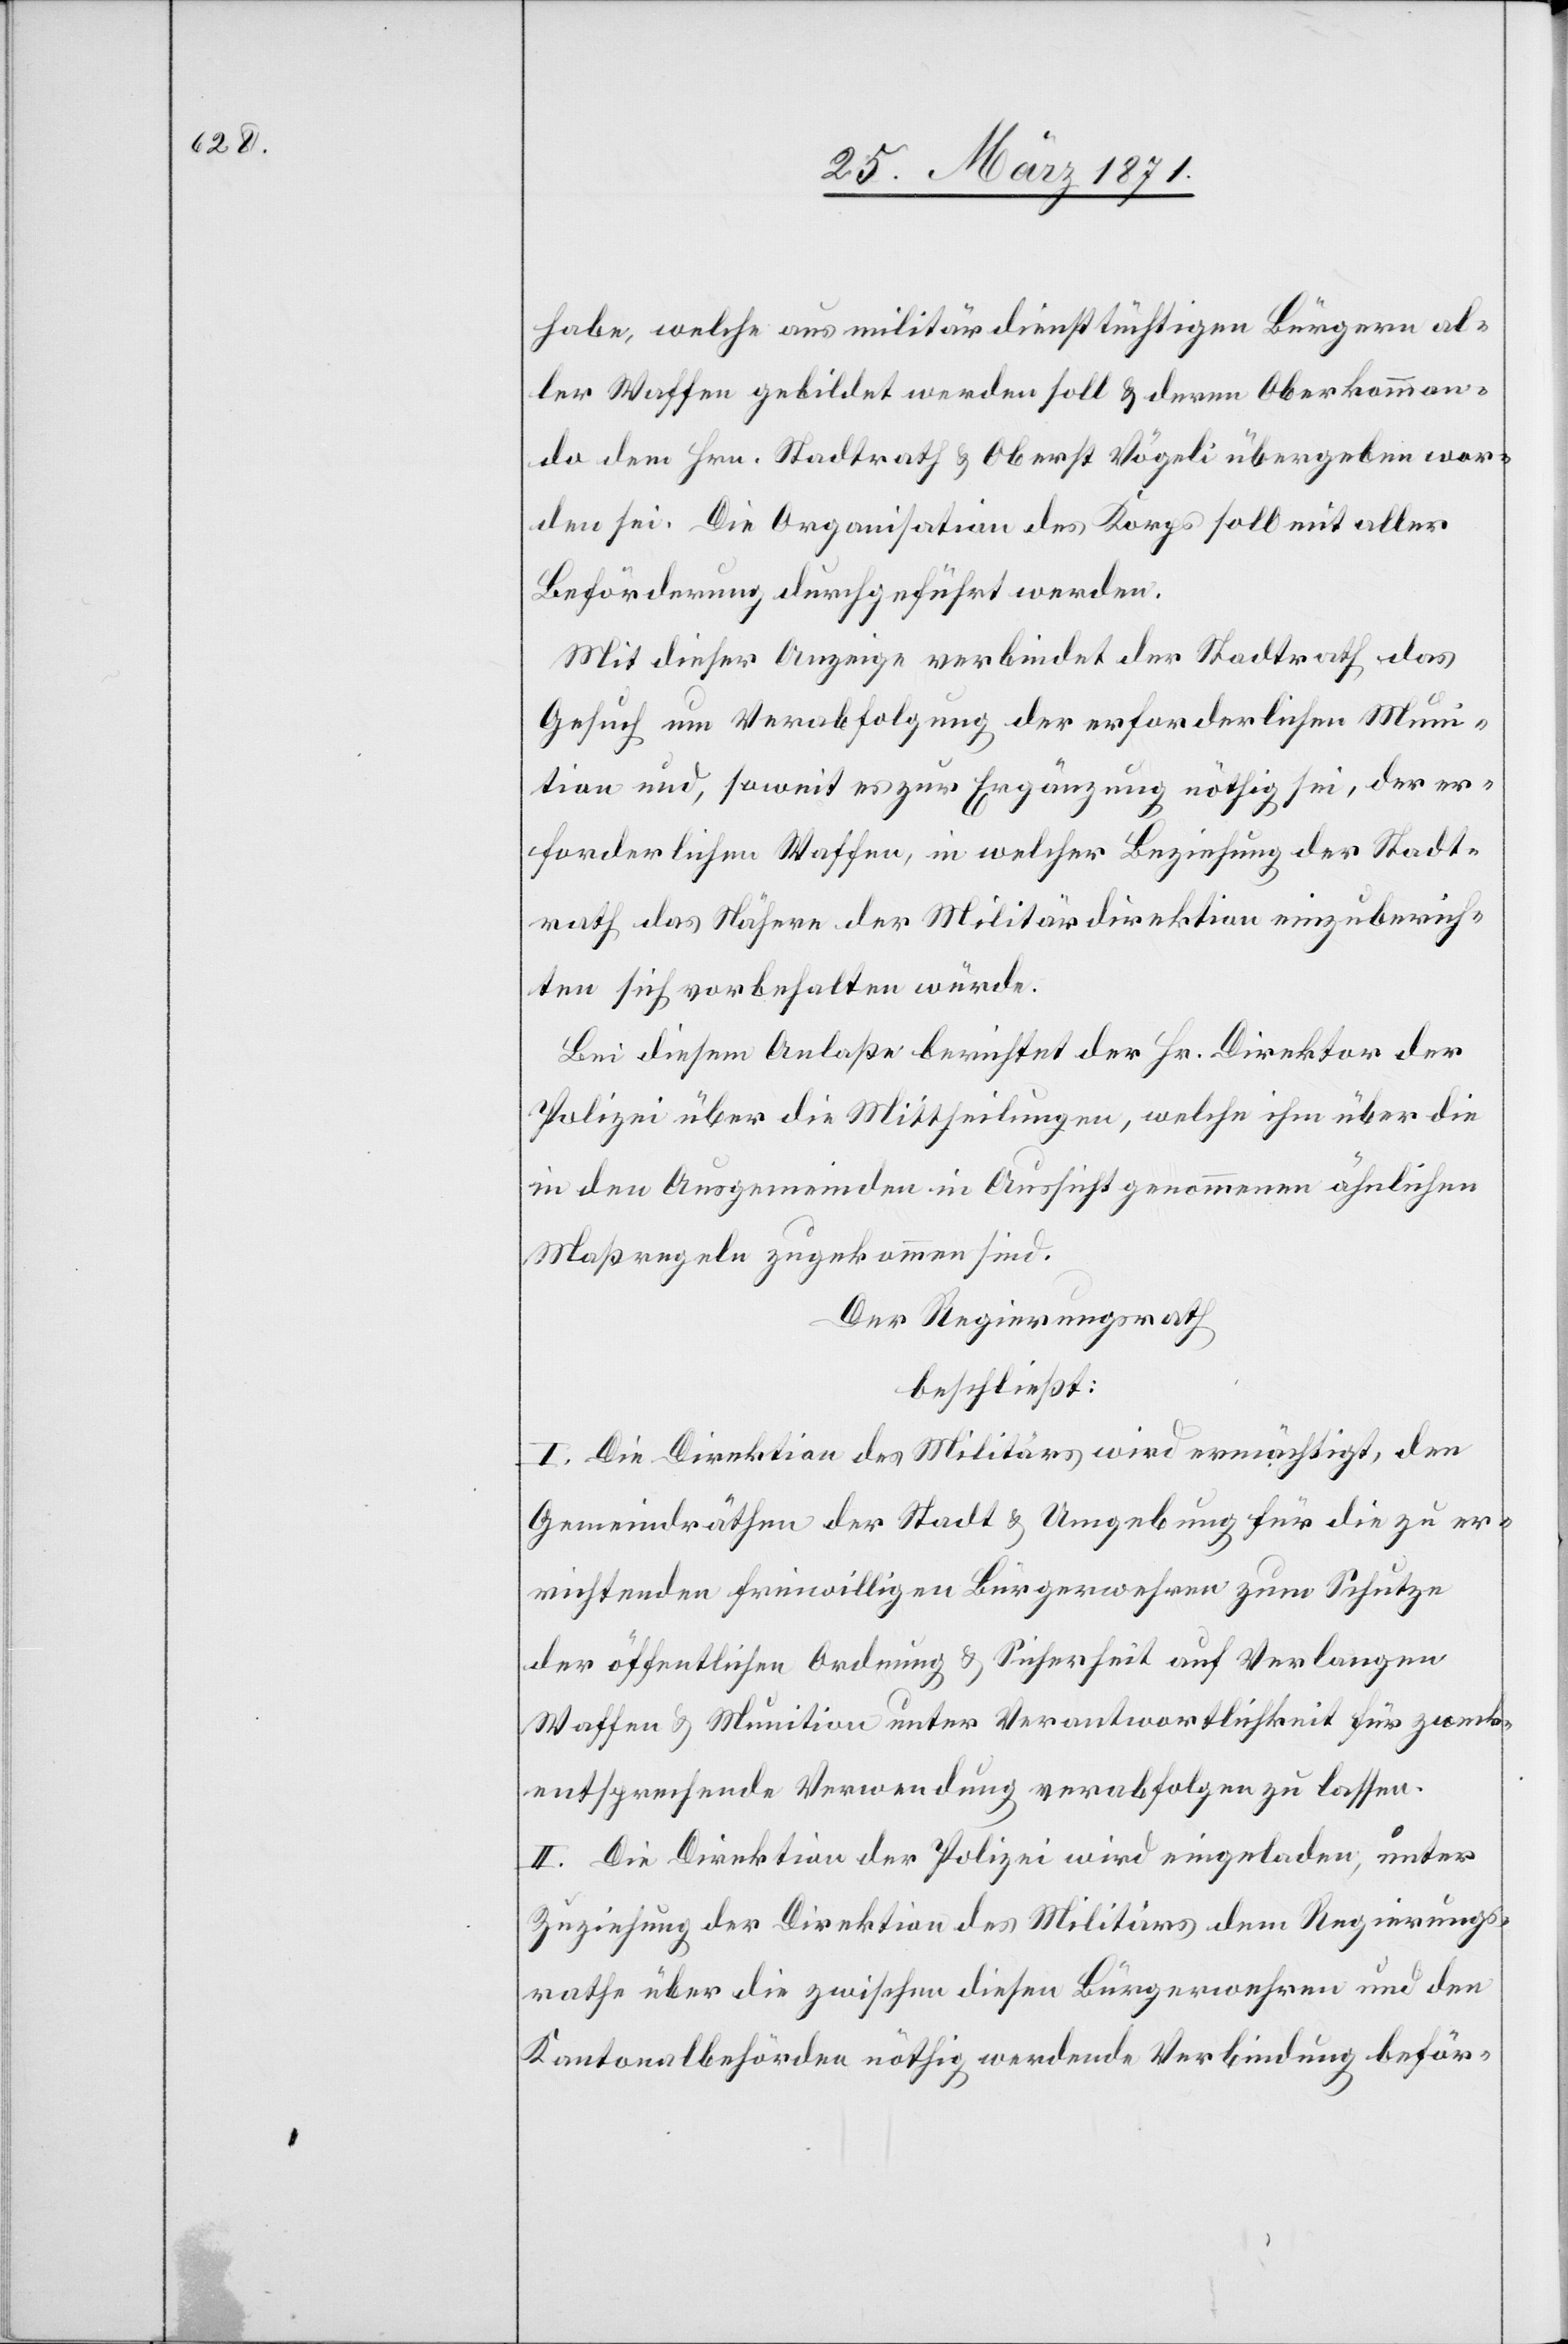
habe, welche aus militärdiensttüchtigen Bürgern al¬
ler Waffen gebildet werden soll u. deren Oberkomman¬
do dem Hrn. Stadtrath u. Oberst Vögeli übergeben wor¬
den sei. Die Organisation des Korps soll mit aller
Beförderung durchgeführt werden.
Mit dieser Anzeige verbindet der Stadtrath das
Gesuch um Verabfolgung der erforderlichen Muni¬
tion und, soweit es zur Ergänzung nöthig sei, der er¬
forderlichen Waffen, in welcher Beziehung der Stadt¬
rath das Nähere der Militärdirektion einzuberich¬
ten sich vorbehalten würde.
Bei diesem Anlaße berichtet der Hr. Direktor der
Polizei über die Mittheilungen, welche ihm über die
in den Ausgemeinden in Aussicht genommenen ähnlichen
Maßregeln zugekommen sind.
Der Regierungsrath
beschließt:
I. Die Direktion des Militärs wird ermächtigt, den
Gemeindräthen der Stadt u. Umgebung für die zu er¬
richtenden Freiwilligen Bürgerwehren zum Schutze
der öffentlichen Ordnung u. Sicherheit auf Verlangen
Waffen u. Munition unter Verantwortlichkeit für zweck¬
entsprechende Verwendung verabfolgen zu lassen.
II. Die Direktion der Polizei wird eingeladen, unter
Zuziehung der Direktion des Militärs dem Regierungs¬
rathe über die zwischen diesen Bürgerwehren und den
Kantonalbehörden nöthig werdende Verbindung beför-